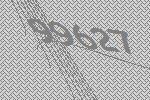
99627